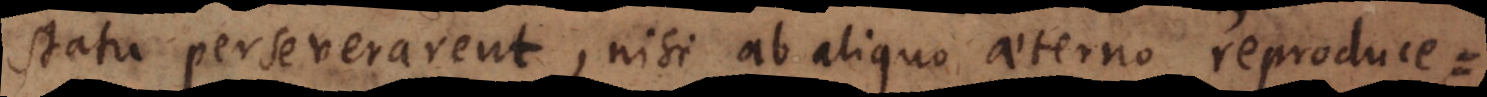
statu perseverarent, nisi ab aliquo aeterno reproduce